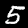
Label: 5